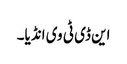
این ڈی ٹی وی انڈیا۔